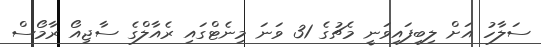
ސަލާހު އަށް ލިބިފައިވަނީ މެޗުގެ 31 ވަނަ މިނެޓްގައި ރެއާލްގެ ސާޖިއޯ ރާމޯސް